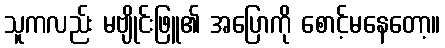
သူကလည်း မဗျိုင်းဖြူ၏ အပြောကို စောင့်မနေတော့။